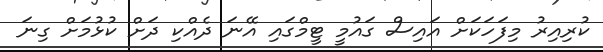
ކުރިއިރު މިފަހަކަށް އައިސް ގައުމީ ޓީމްގައި އޭނަ ދެއްކި ދަށް ކުޅުމަށް ގިނަ